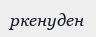
ркенуден